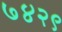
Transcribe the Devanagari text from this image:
७४२९